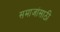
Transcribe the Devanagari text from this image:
समाजांसाठी